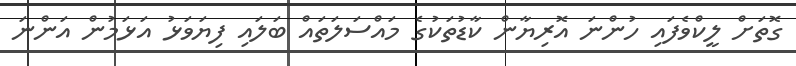
ގޮތަށް ލީކްވެފައި ހުންނަ އޮރިޔާން ކާޑުތަކުގެ މައްސަލަތައް ބަލައި ފިޔަވަޅު އަޅަމުން އަންނަ